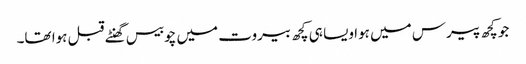
جو کچھ پیرس میں ہوا ویسا ہی کچھ بیروت میں چوبیس گھنٹے قبل ہوا تھا۔